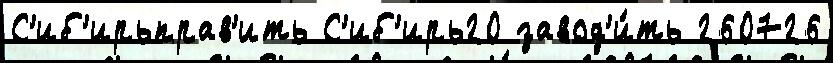
С'иб'ирьправ'ить С'иб'ирь20 завод'и́ть 260726